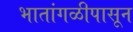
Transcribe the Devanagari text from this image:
भातांगळीपासून